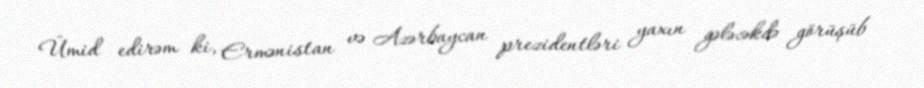
Ümid edirəm ki, Ermənistan və Azərbaycan prezidentləri yaxın gələcəkdə görüşüb